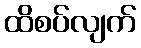
ထိစပ်လျက်